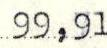
99,91